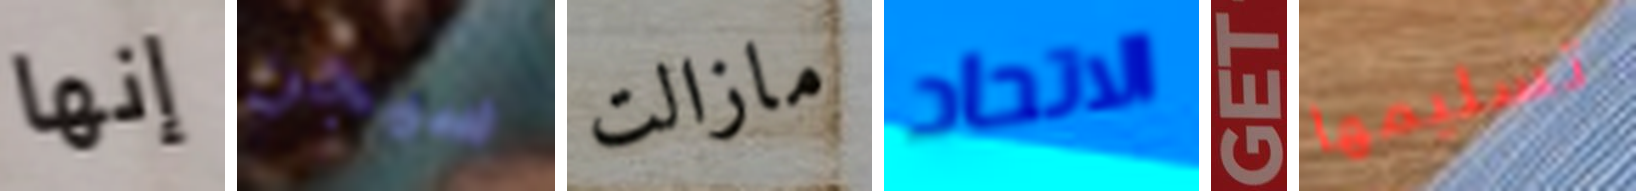
إنها سيجن مازالت الاتحاد GET تسليمها